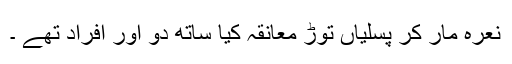
نعرہ مار کر پسلیاں توڑ معانقہ کیا ساتھ دو اور افراد تھے ۔